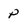
Character: p